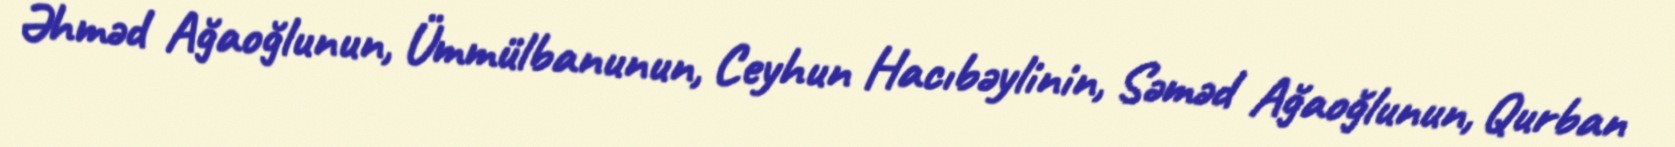
Əhməd Ağaoğlunun, Ümmülbanunun, Ceyhun Hacıbəylinin, Səməd Ağaoğlunun, Qurban